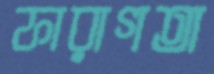
ফারাগতা